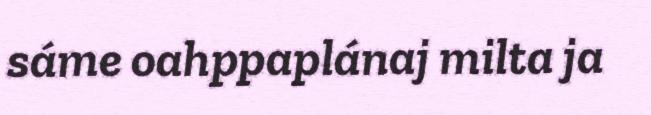
sáme oahppaplánaj milta ja